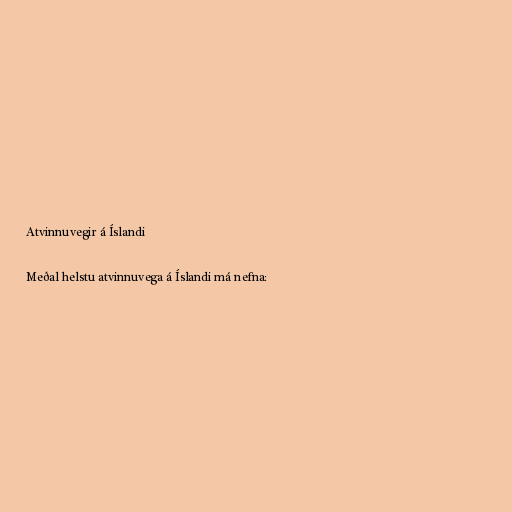
Atvinnuvegir á Íslandi

Meðal helstu atvinnuvega á Íslandi má nefna: